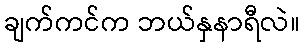
ချက်ကင်က ဘယ်နှနာရီလဲ။